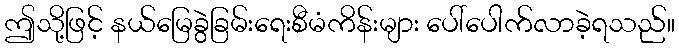
ဤသို့ဖြင့် နယ်မြေခွဲခြမ်းရေးစီမံကိန်းများ ပေါ်ပေါက်လာခဲ့ရသည်။